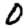
Digit: 0